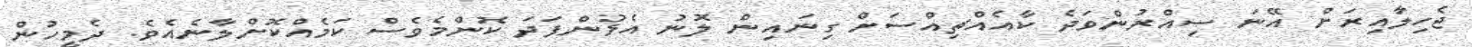
ޖެހިލާއިރަށް އޭނަ ސިއްރުންވަދެ ކާއެއްޗިއްސަށް ގިނައިން ލޮނު އެޅުންފަދަ ކޮންމެވެސް ކަމެއްކޮށްލާނެއެވެ. ދެމީހުން